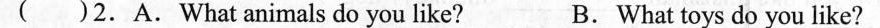
( )2.A.What animals do you like? B.What toys do you like?